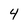
Character: 4